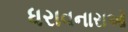
ધરાવનારાઓ